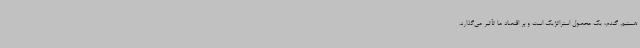
هستیم. گندم، یک محصول استراتژیک است و بر اقتصاد ما تأثیر می‌گذارد.